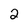
Character: 2